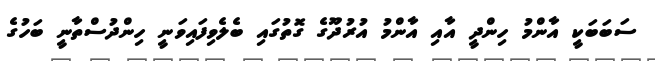
ސަބަބަކީ އާންމު ހިންދީ އާއި އާންމު އުރުދޫގެ ގޮތުގައި ބެލެވިފައިވަނީ ހިންދުސްތާނީ ބަހުގެ